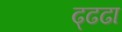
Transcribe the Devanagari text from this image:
ढ्ढढा